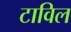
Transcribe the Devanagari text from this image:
टाविल